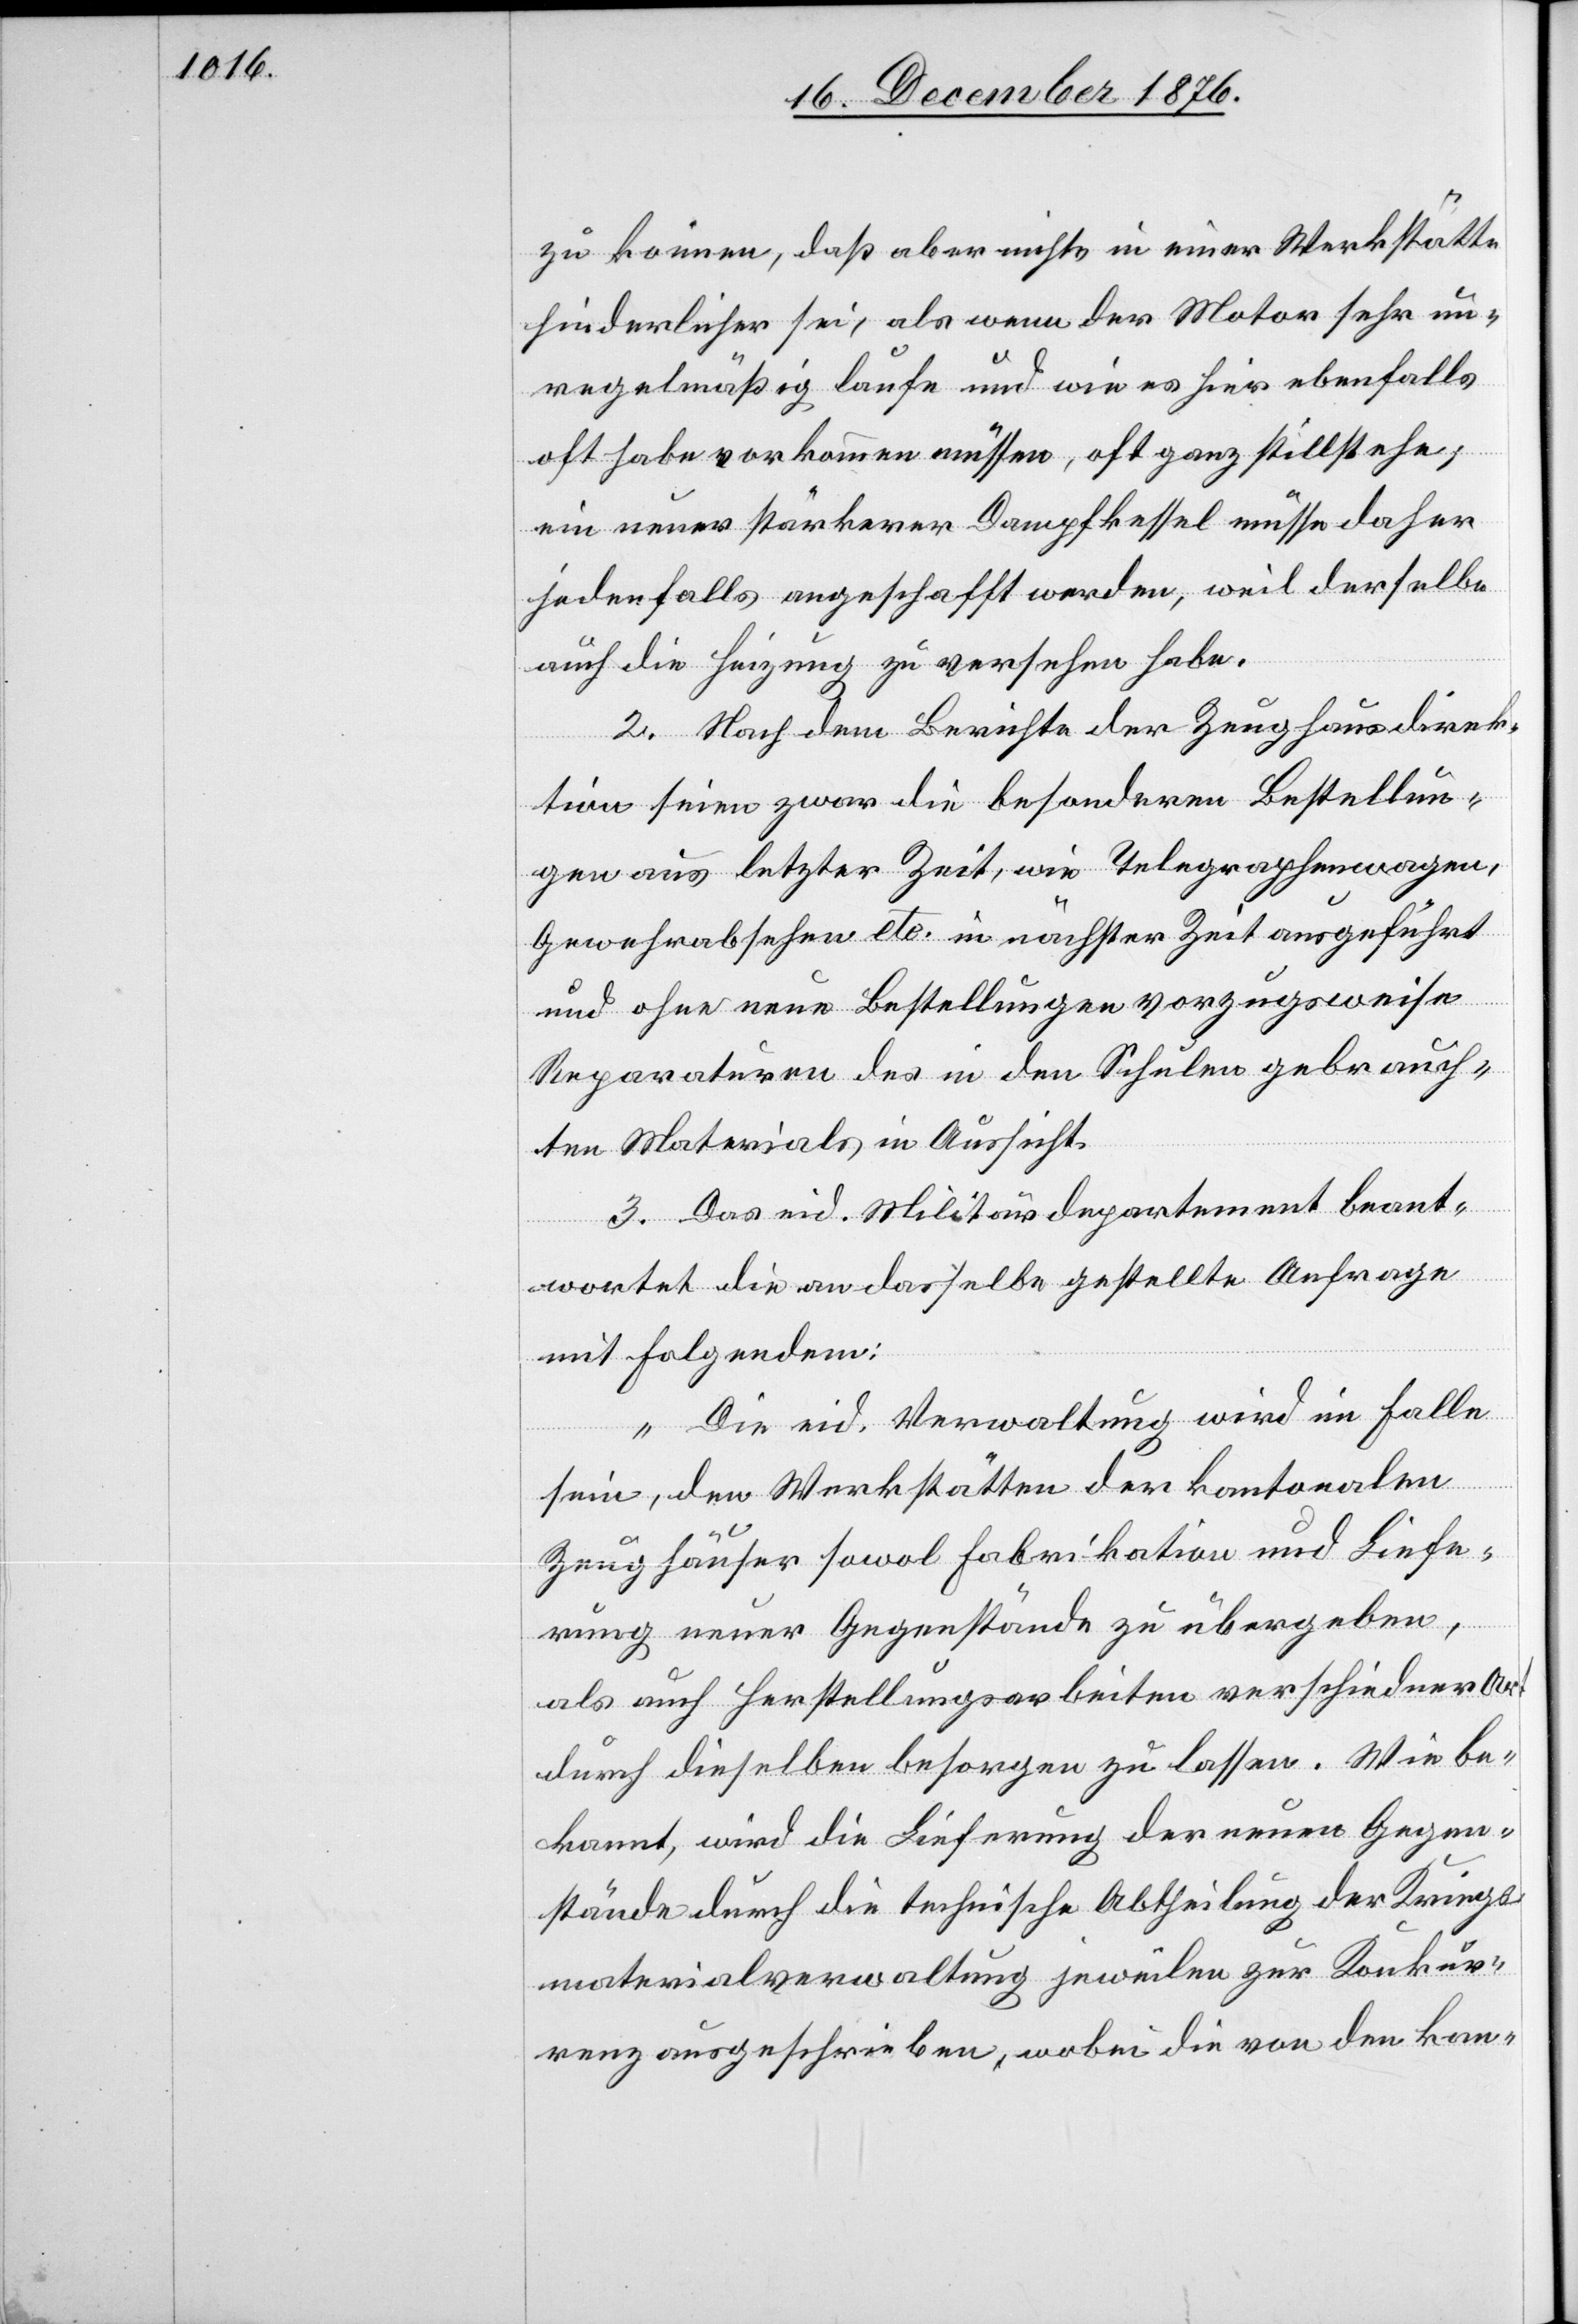
zu können, daß aber nichts in einer Werkstätte
hinderlicher sei, als wenn der Motor sehr un¬
regelmäßig laufe und wie es hier ebenfalls
oft habe vorkommen müssen, oft ganz stillstehe;
ein neuer stärkerer Dampfkessel müsse daher
jedenfalls angeschafft werden, weil derselbe
auch die Heizung zu versehen habe.
2. Nach dem Berichte der Zeughausdirek¬
tion seien zwar die besonderen Bestellun¬
gen aus letzter Zeit, wie Telegraphenwagen,
Gewehrabsehen etc. in nächster Zeit ausgeführt
und ohne neue Bestellungen vorzugsweise
Reparaturen des in den Schulen gebrauch¬
ten Materials in Aussicht.
3. Das eid. Militärdepartement beant¬
wortet die an dasselbe gestellte Anfrage
mit Folgendem:
„Die eid. Verwaltung wird im Falle
sein, den Werkstätten der kantonalen
Zeughäuser sowol Fabrikation und Liefe¬
rung neuer Gegenstände zu übergeben,
als auch Herstellungsarbeiten verschiedener Art
durch dieselben besorgen zu lassen. Wie be¬
kannt, wird die Lieferung der neuen Gegen¬
stände durch die technische Abtheilung der Kriegs¬
materialverwaltung jeweilen zur Konkur¬
renz ausgeschrieben, wobei die von den kan-